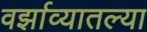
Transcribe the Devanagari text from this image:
वर्झाव्यातल्या